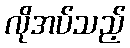
လိုအပ်သည့်